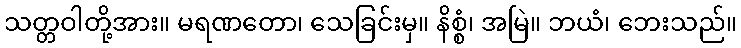
သတ္တဝါတို့အား။ မရဏတော၊ သေခြင်းမှ။ နိစ္စံ၊ အမြဲ။ ဘယံ၊ ဘေးသည်။